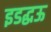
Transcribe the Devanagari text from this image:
इडद्धऊ